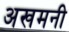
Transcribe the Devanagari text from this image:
अखमनी